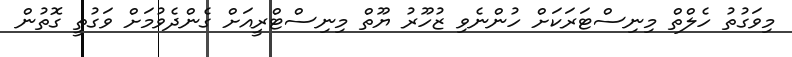
މިވަގުތު ހެލްތް މިނިސްޓަރަކަށް ހުންނެވި ޒުހޫރު ޔޫތް މިނިސްޓްރީއަށް ގެންދެވުމަށް ވަގުތީ ގޮތުން